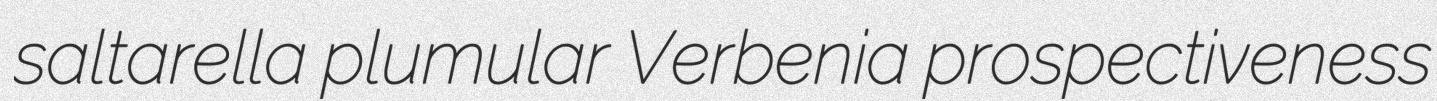
saltarella plumular Verbenia prospectiveness